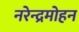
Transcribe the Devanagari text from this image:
नरेन्द्रमोहन